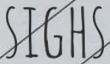
SIGHS